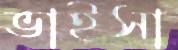
ভাইসা